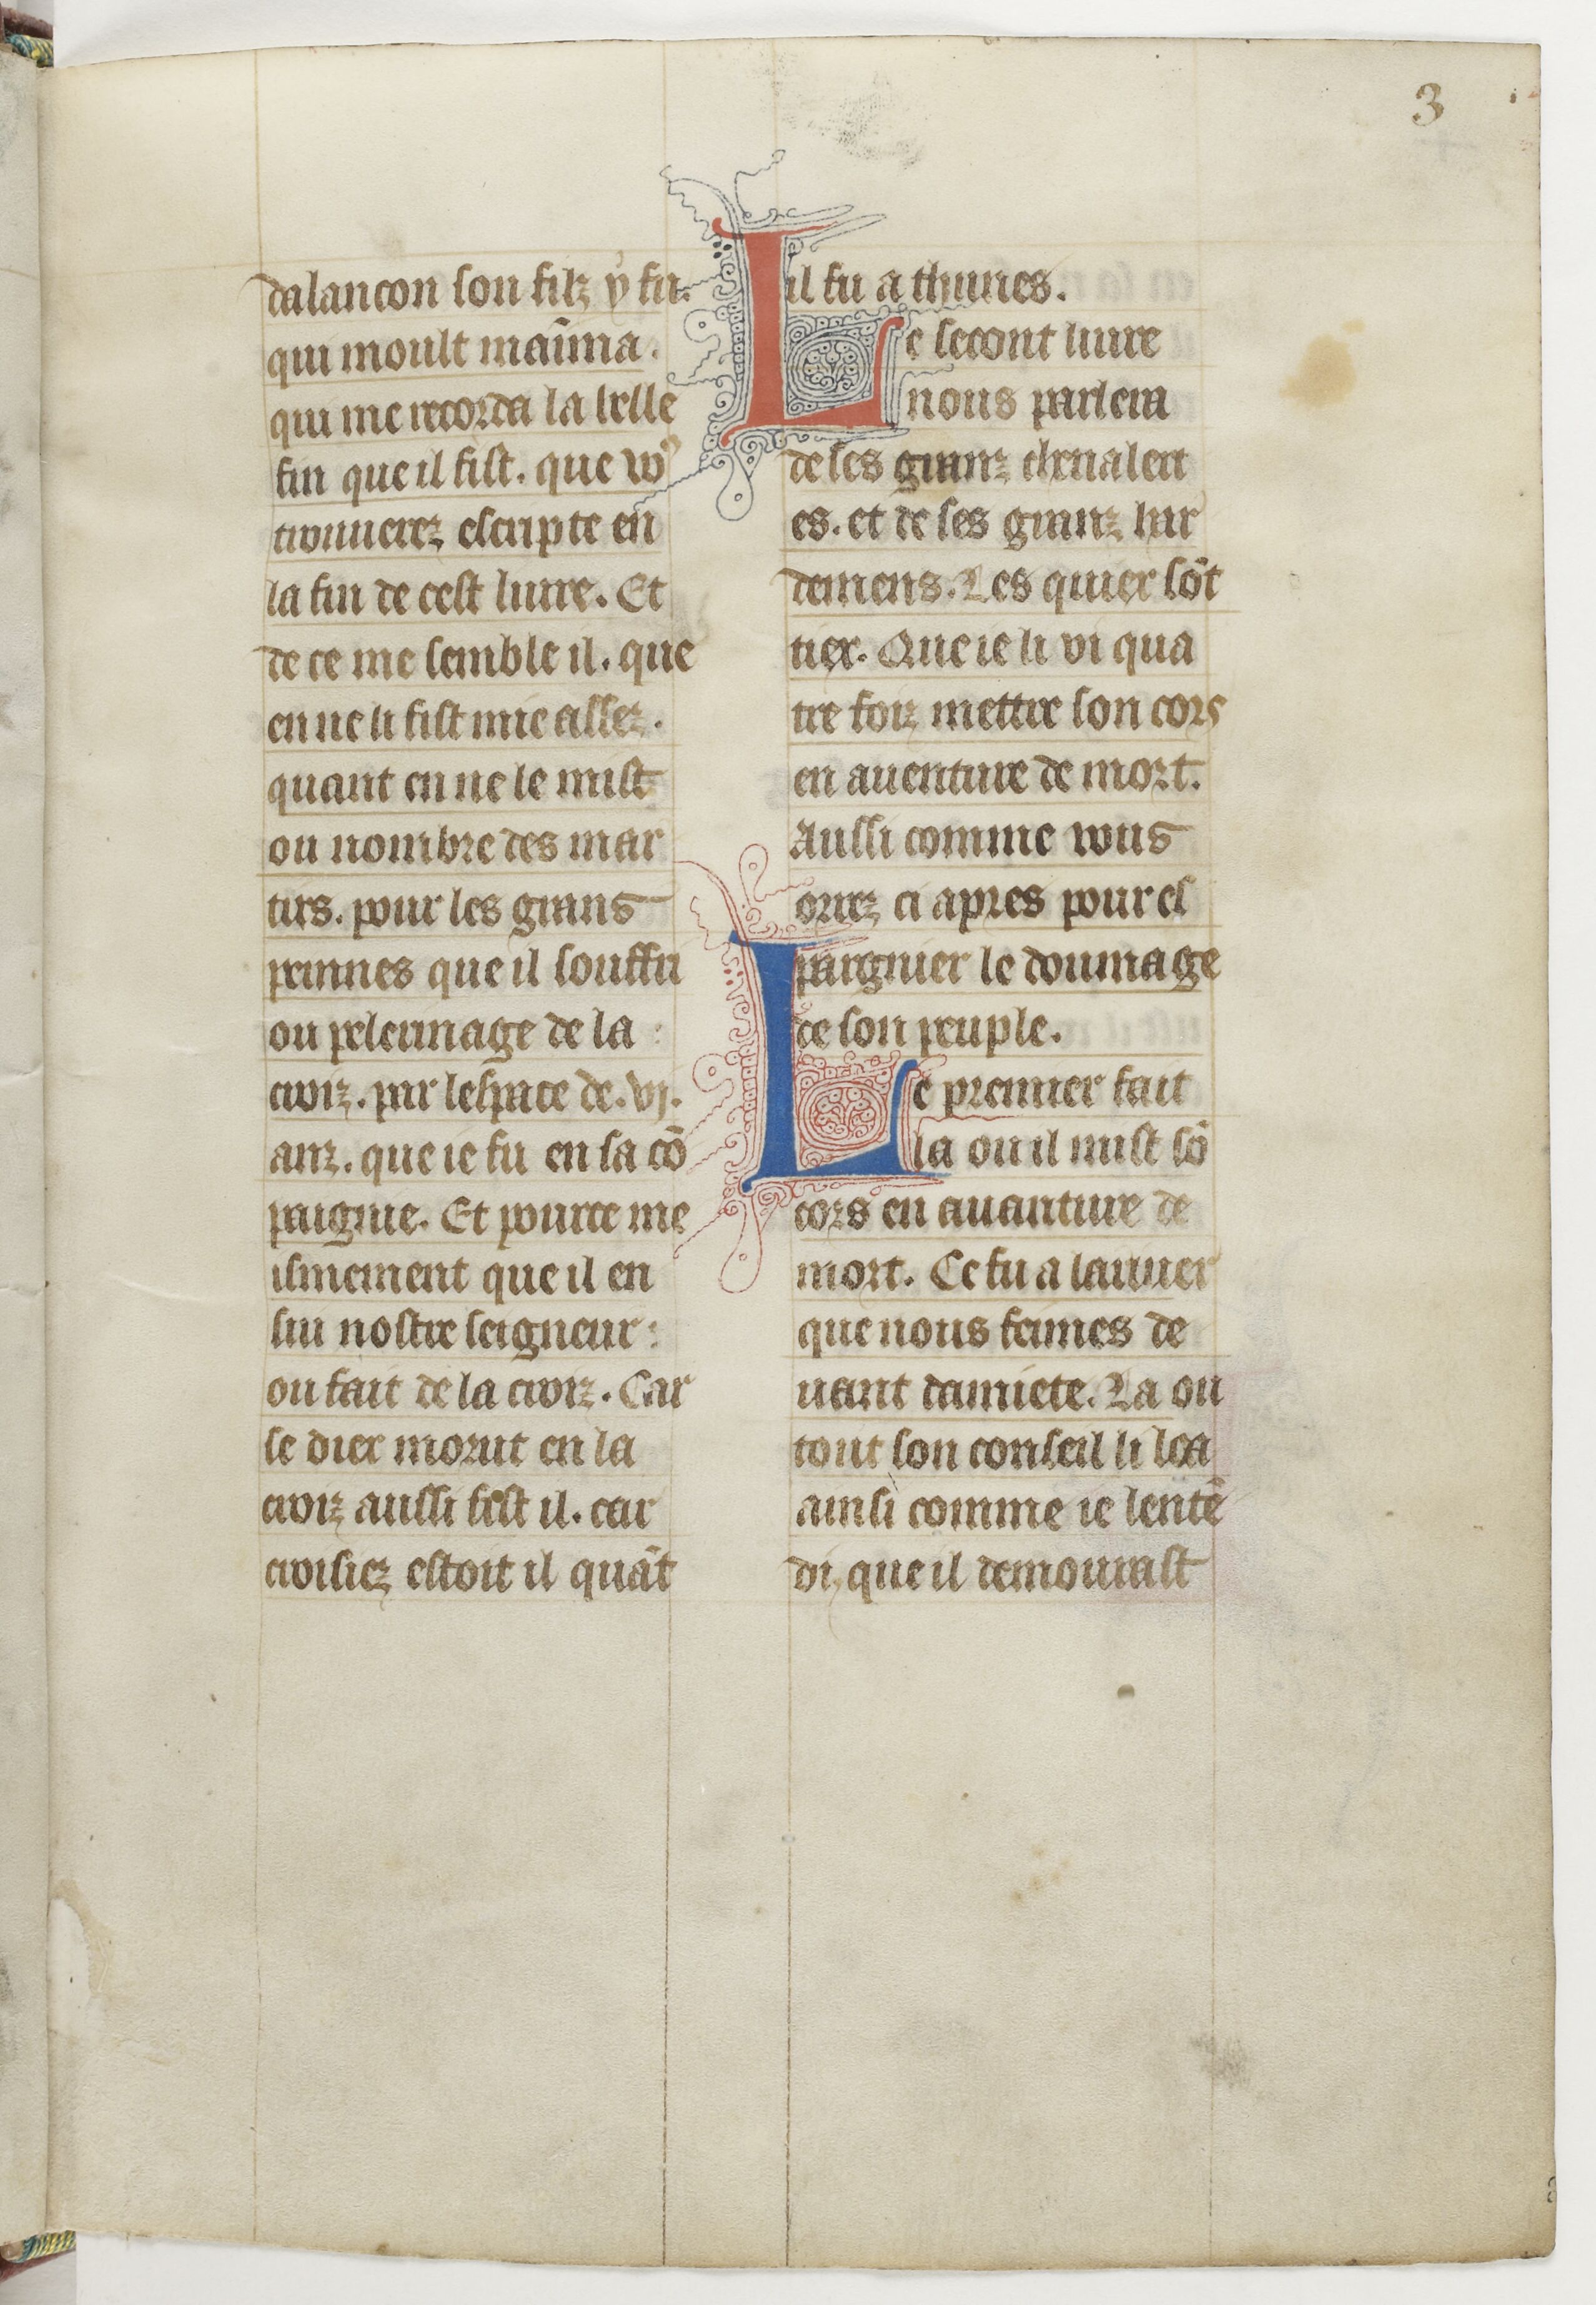
Shelfmark: Paris, BnF, fr. 13568
Century: 14